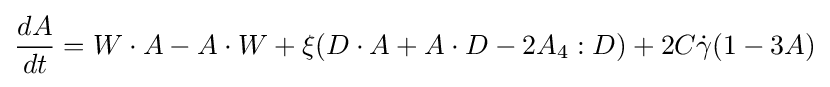
{\frac {dA}{dt}}=W\cdot A-A\cdot W+\xi (D\cdot A+A\cdot D-2A_{4}:D)+2C{\dot {\gamma }}(1-3A)